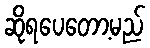
ဆိုရပေတော့မည်